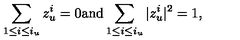
\sum _ { 1 \leq i \leq i _ { u } } z _ { u } ^ { i } = 0 \mathrm { a n d } \sum _ { 1 \leq i \leq i _ { u } } | z _ { u } ^ { i } | ^ { 2 } = 1 ,